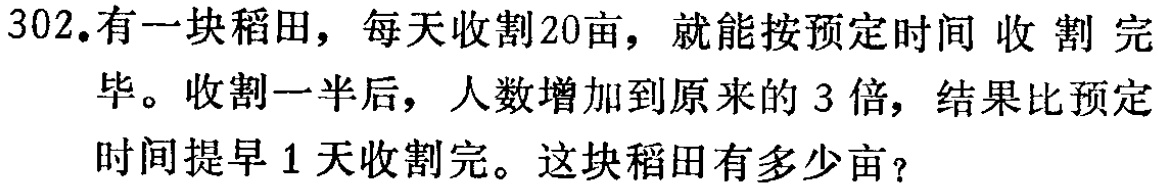
302.有一块稻田，每天收割20亩，就能按预定时间 收 割 完
毕。收割一半后，人数增加到原来的 3 倍，结果比预定
时间提早 1 天收割完。这块稻田有多少亩？